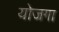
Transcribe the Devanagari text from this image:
योजगा